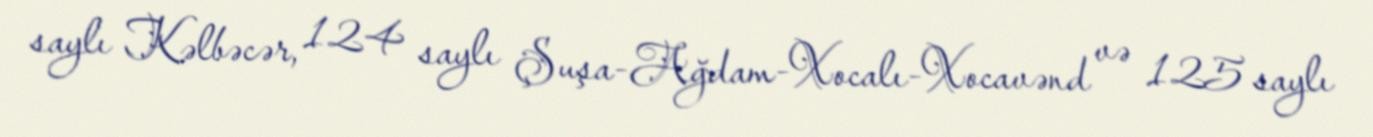
saylı Kəlbəcər, 124 saylı Şuşa-Ağdam-Xocalı-Xocavənd və 125 saylı